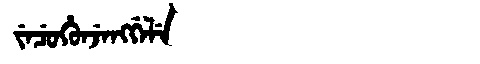
Manchu: ᠵᡝᠴᡠᡥᡠᠨᠵᡝᠩᡤᡝᠯᡝ
Romanization: JECUHUNJENGGELE